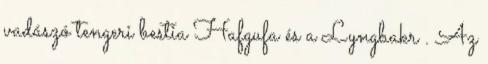
vadászó tengeri bestia Hafgufa és a Lyngbakr . Az